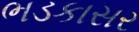
ભડકાસર